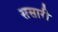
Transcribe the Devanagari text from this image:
ससारी